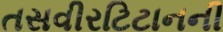
તસવીરટિટાનની